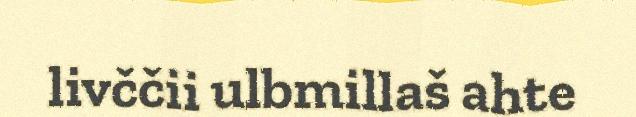
livččii ulbmillaš ahte